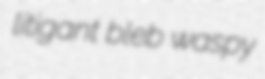
litigant bleb waspy